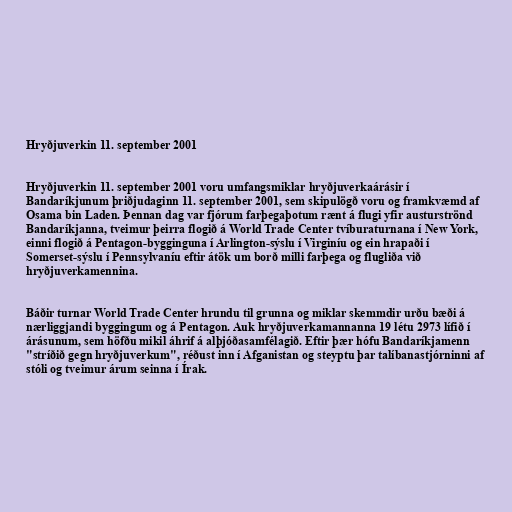
Hryðjuverkin 11. september 2001

Hryðjuverkin 11. september 2001 voru umfangsmiklar hryðjuverkaárásir í
Bandaríkjunum þriðjudaginn 11. september 2001, sem skipulögð voru og framkvæmd af
Osama bin Laden. Þennan dag var fjórum farþegaþotum rænt á flugi yfir austurströnd
Bandaríkjanna, tveimur þeirra flogið á World Trade Center tvíburaturnana í New York,
einni flogið á Pentagon-bygginguna í Arlington-sýslu í Virginíu og ein hrapaði í
Somerset-sýslu í Pennsylvaníu eftir átök um borð milli farþega og flugliða við
hryðjuverkamennina.

Báðir turnar World Trade Center hrundu til grunna og miklar skemmdir urðu bæði á
nærliggjandi byggingum og á Pentagon. Auk hryðjuverkamannanna 19 létu 2973 lífið í
árásunum, sem höfðu mikil áhrif á alþjóðasamfélagið. Eftir þær hófu Bandaríkjamenn
"stríðið gegn hryðjuverkum", réðust inn í Afganistan og steyptu þar talíbanastjórninni af
stóli og tveimur árum seinna í Írak.